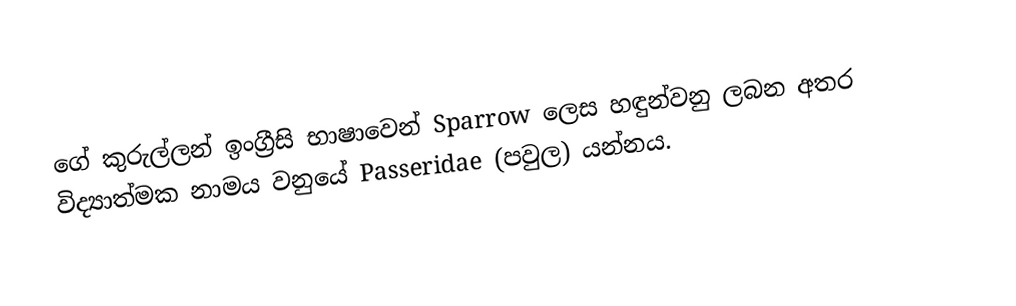
ගේ කුරුල්ලන් ඉංග්‍රීසි භාෂාවෙන් Sparrow ලෙස හඳුන්වනු ලබන අතර විද්‍යාත්මක නාමය වනුයේ Passeridae (පවුල) යන්නය.